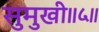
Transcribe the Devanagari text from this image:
सुमुखी॥५॥